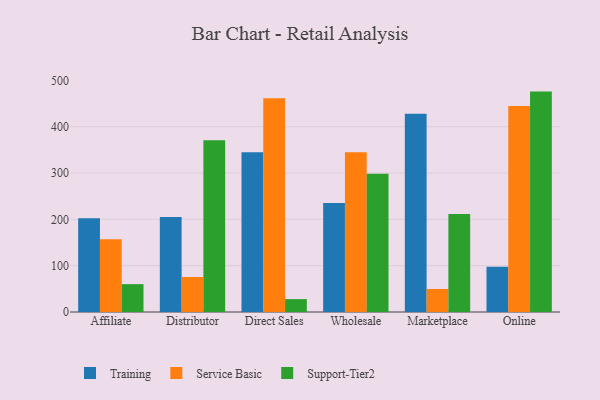
{"axis": {"x": "Channel", "y": "Latency (ms)"}, "legend": ["Service Basic", "Support-Tier2", "Training"], "data": [{"x": "Affiliate", "y": 202.6, "type": "Training"}, {"x": "Affiliate", "y": 157.0, "type": "Service Basic"}, {"x": "Affiliate", "y": 60.1, "type": "Support-Tier2"}, {"x": "Distributor", "y": 205.3, "type": "Training"}, {"x": "Distributor", "y": 75.6, "type": "Service Basic"}, {"x": "Distributor", "y": 370.6, "type": "Support-Tier2"}, {"x": "Direct Sales", "y": 344.6, "type": "Training"}, {"x": "Direct Sales", "y": 461.3, "type": "Service Basic"}, {"x": "Direct Sales", "y": 27.8, "type": "Support-Tier2"}, {"x": "Wholesale", "y": 235.0, "type": "Training"}, {"x": "Wholesale", "y": 345.0, "type": "Service Basic"}, {"x": "Wholesale", "y": 298.2, "type": "Support-Tier2"}, {"x": "Marketplace", "y": 428.0, "type": "Training"}, {"x": "Marketplace", "y": 49.6, "type": "Service Basic"}, {"x": "Marketplace", "y": 211.7, "type": "Support-Tier2"}, {"x": "Online", "y": 97.5, "type": "Training"}, {"x": "Online", "y": 444.7, "type": "Service Basic"}, {"x": "Online", "y": 475.7, "type": "Support-Tier2"}]}